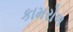
કામરોળ